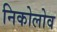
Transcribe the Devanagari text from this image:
निकोलोव